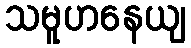
သမူဟနေယျ